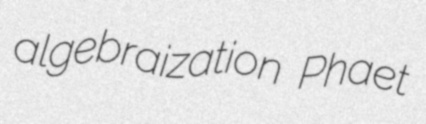
algebraization Phaet